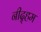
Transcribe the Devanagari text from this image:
नीद्हम